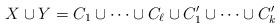
LaTeX: \begin{align*}X\cup Y = C_1 \cup \dots \cup C_\ell \cup C_1' \cup \dots \cup C_k'\end{align*}